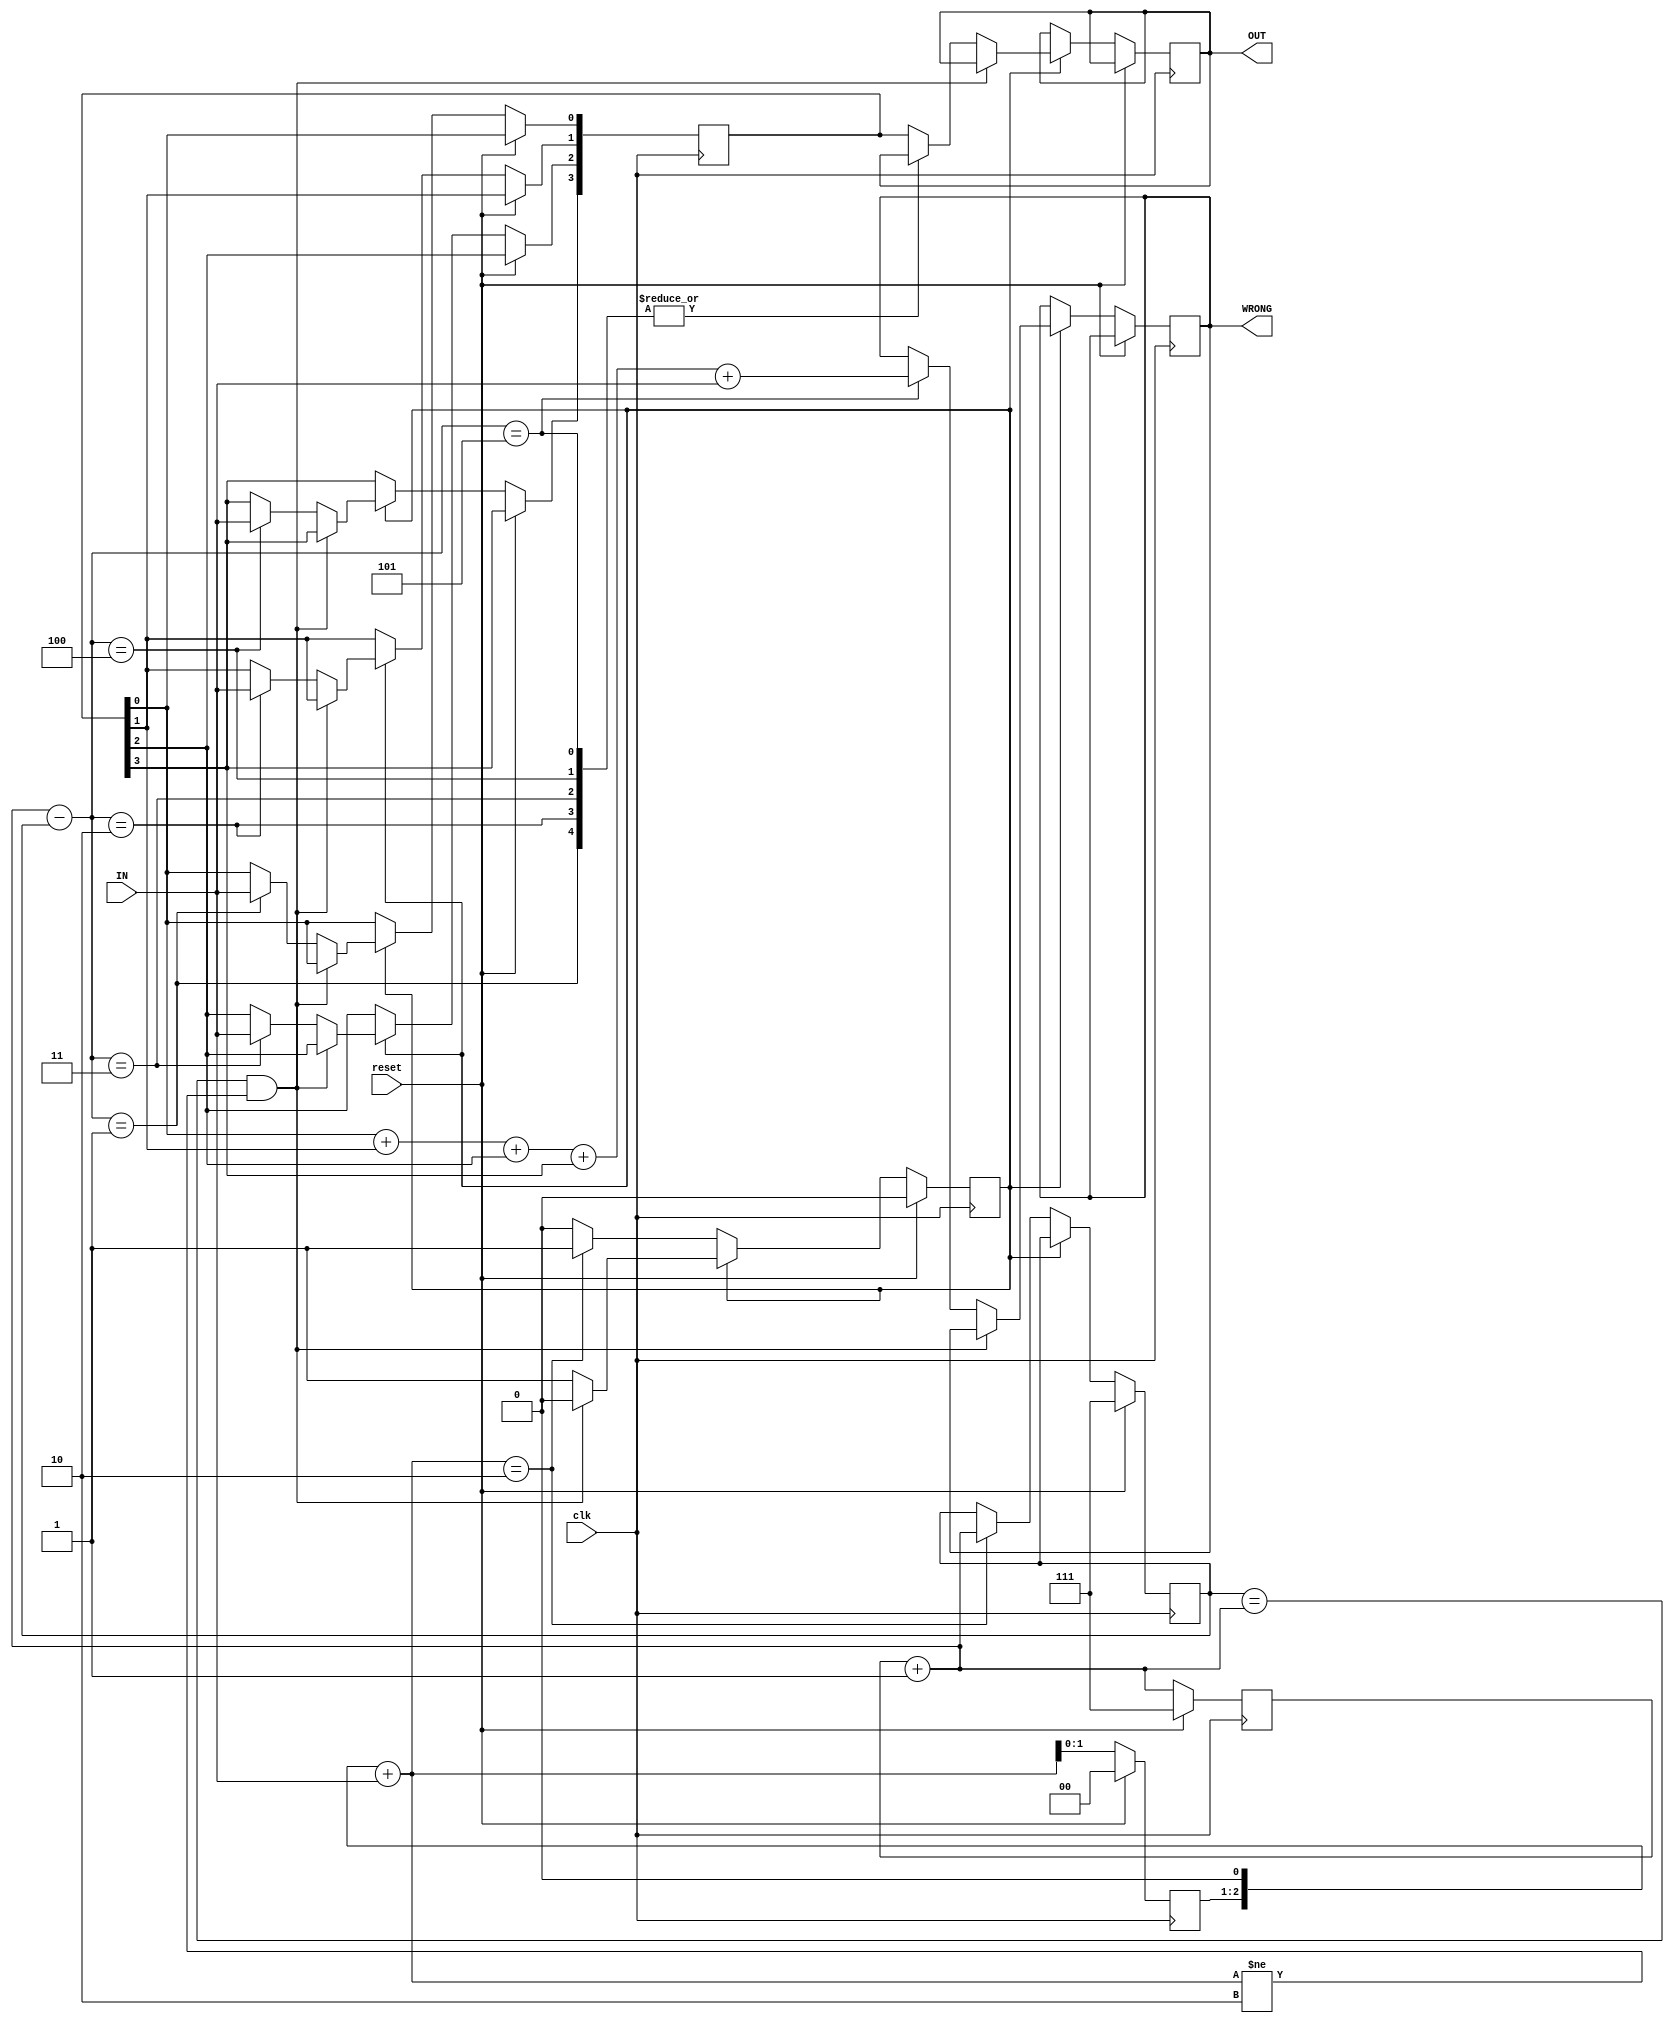

module DECODER(IN, clk,reset,OUT,WRONG);
	input reset,clk,IN;
	output reg[3:0]OUT;
	output reg WRONG;
	reg [2:0] head;
	reg [2:0] head_cnt;
	reg [2:0] head_place;
	reg switch;
	reg [3:0]outs;
	initial begin
		head=3'b000;
		head_cnt=3'b111;
		head_place=3'b111;
		switch=0;
		outs=4'b0000;
		OUT=4'b0000;
		WRONG=0;
	end
	always @(posedge clk)begin
	 if(!reset)begin
	   head=head<<1;
	   head=head+IN;
	   head_cnt=head_cnt+1;
	   if(!switch)begin
	     if(head==3'b010)begin
	       head_place=head_cnt;
	       switch=1;
	       end
	     end
	    else begin
	      if(head_place==head_cnt & head!=3'b010)begin 
	        switch=0; 
	        end
	        else begin
	          case(head_cnt-head_place)
	            3'b001:outs[0]<=IN;
	            3'b010:outs[1]<=IN;
	            3'b011:outs[2]<=IN;
	            3'b100:outs[3]<=IN;
	            3'b101:WRONG<=outs[0]+outs[1]+outs[2]+outs[3]+IN;
	            default:OUT<=outs;
	            endcase
	          end
	     end
	   end
	 else begin
	  head<=3'b000;
		head_cnt<=3'b111;
		head_place<=3'b111;
		switch<=0;
	   end
	end
	
endmodule